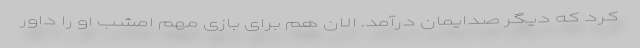
کرد که دیگر صدایمان درآمد. الان هم برای بازی مهم امشب او را داور